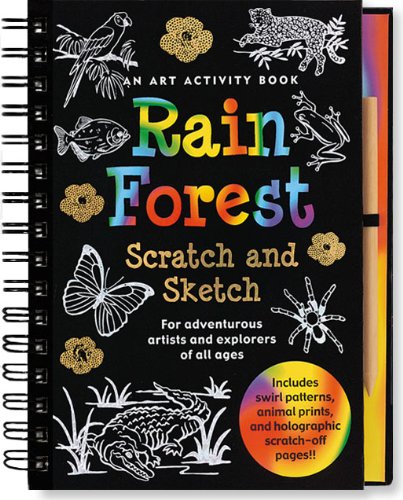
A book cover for Rain Forest Scratch and Sketch: An Art Activity Book for Adventurous Artists and Explorers of All Ages (Scratch & Sketch); Suzanne Beilenson; Science & Math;